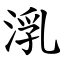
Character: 㳶